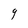
Character: 9